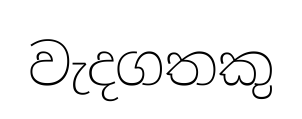
වැදගතකු